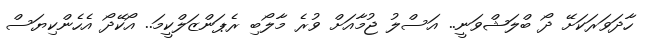
ހާދަވަރަކަށޭ ދޯ ބްލަޝްވަނީ.. އަސްލު ޖުމާއަށް ވުރެ މާލޯބި ރެޕަންޒަލްކީމަ.. އޯކޭދޯ އެހެންކިޔަސް